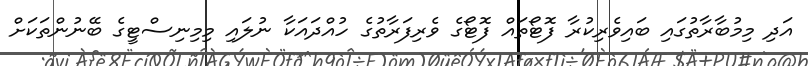
އަދި މިމުބާރާތުގައި ބައިވެރިކުރާ ފޮޓޯތައް ފޮޓޯގެ ވެރިފަރާތުގެ ހުއްދައަކާ ނުލައި މިމިނިސްޓީގެ ބޭނުންތަކަށް